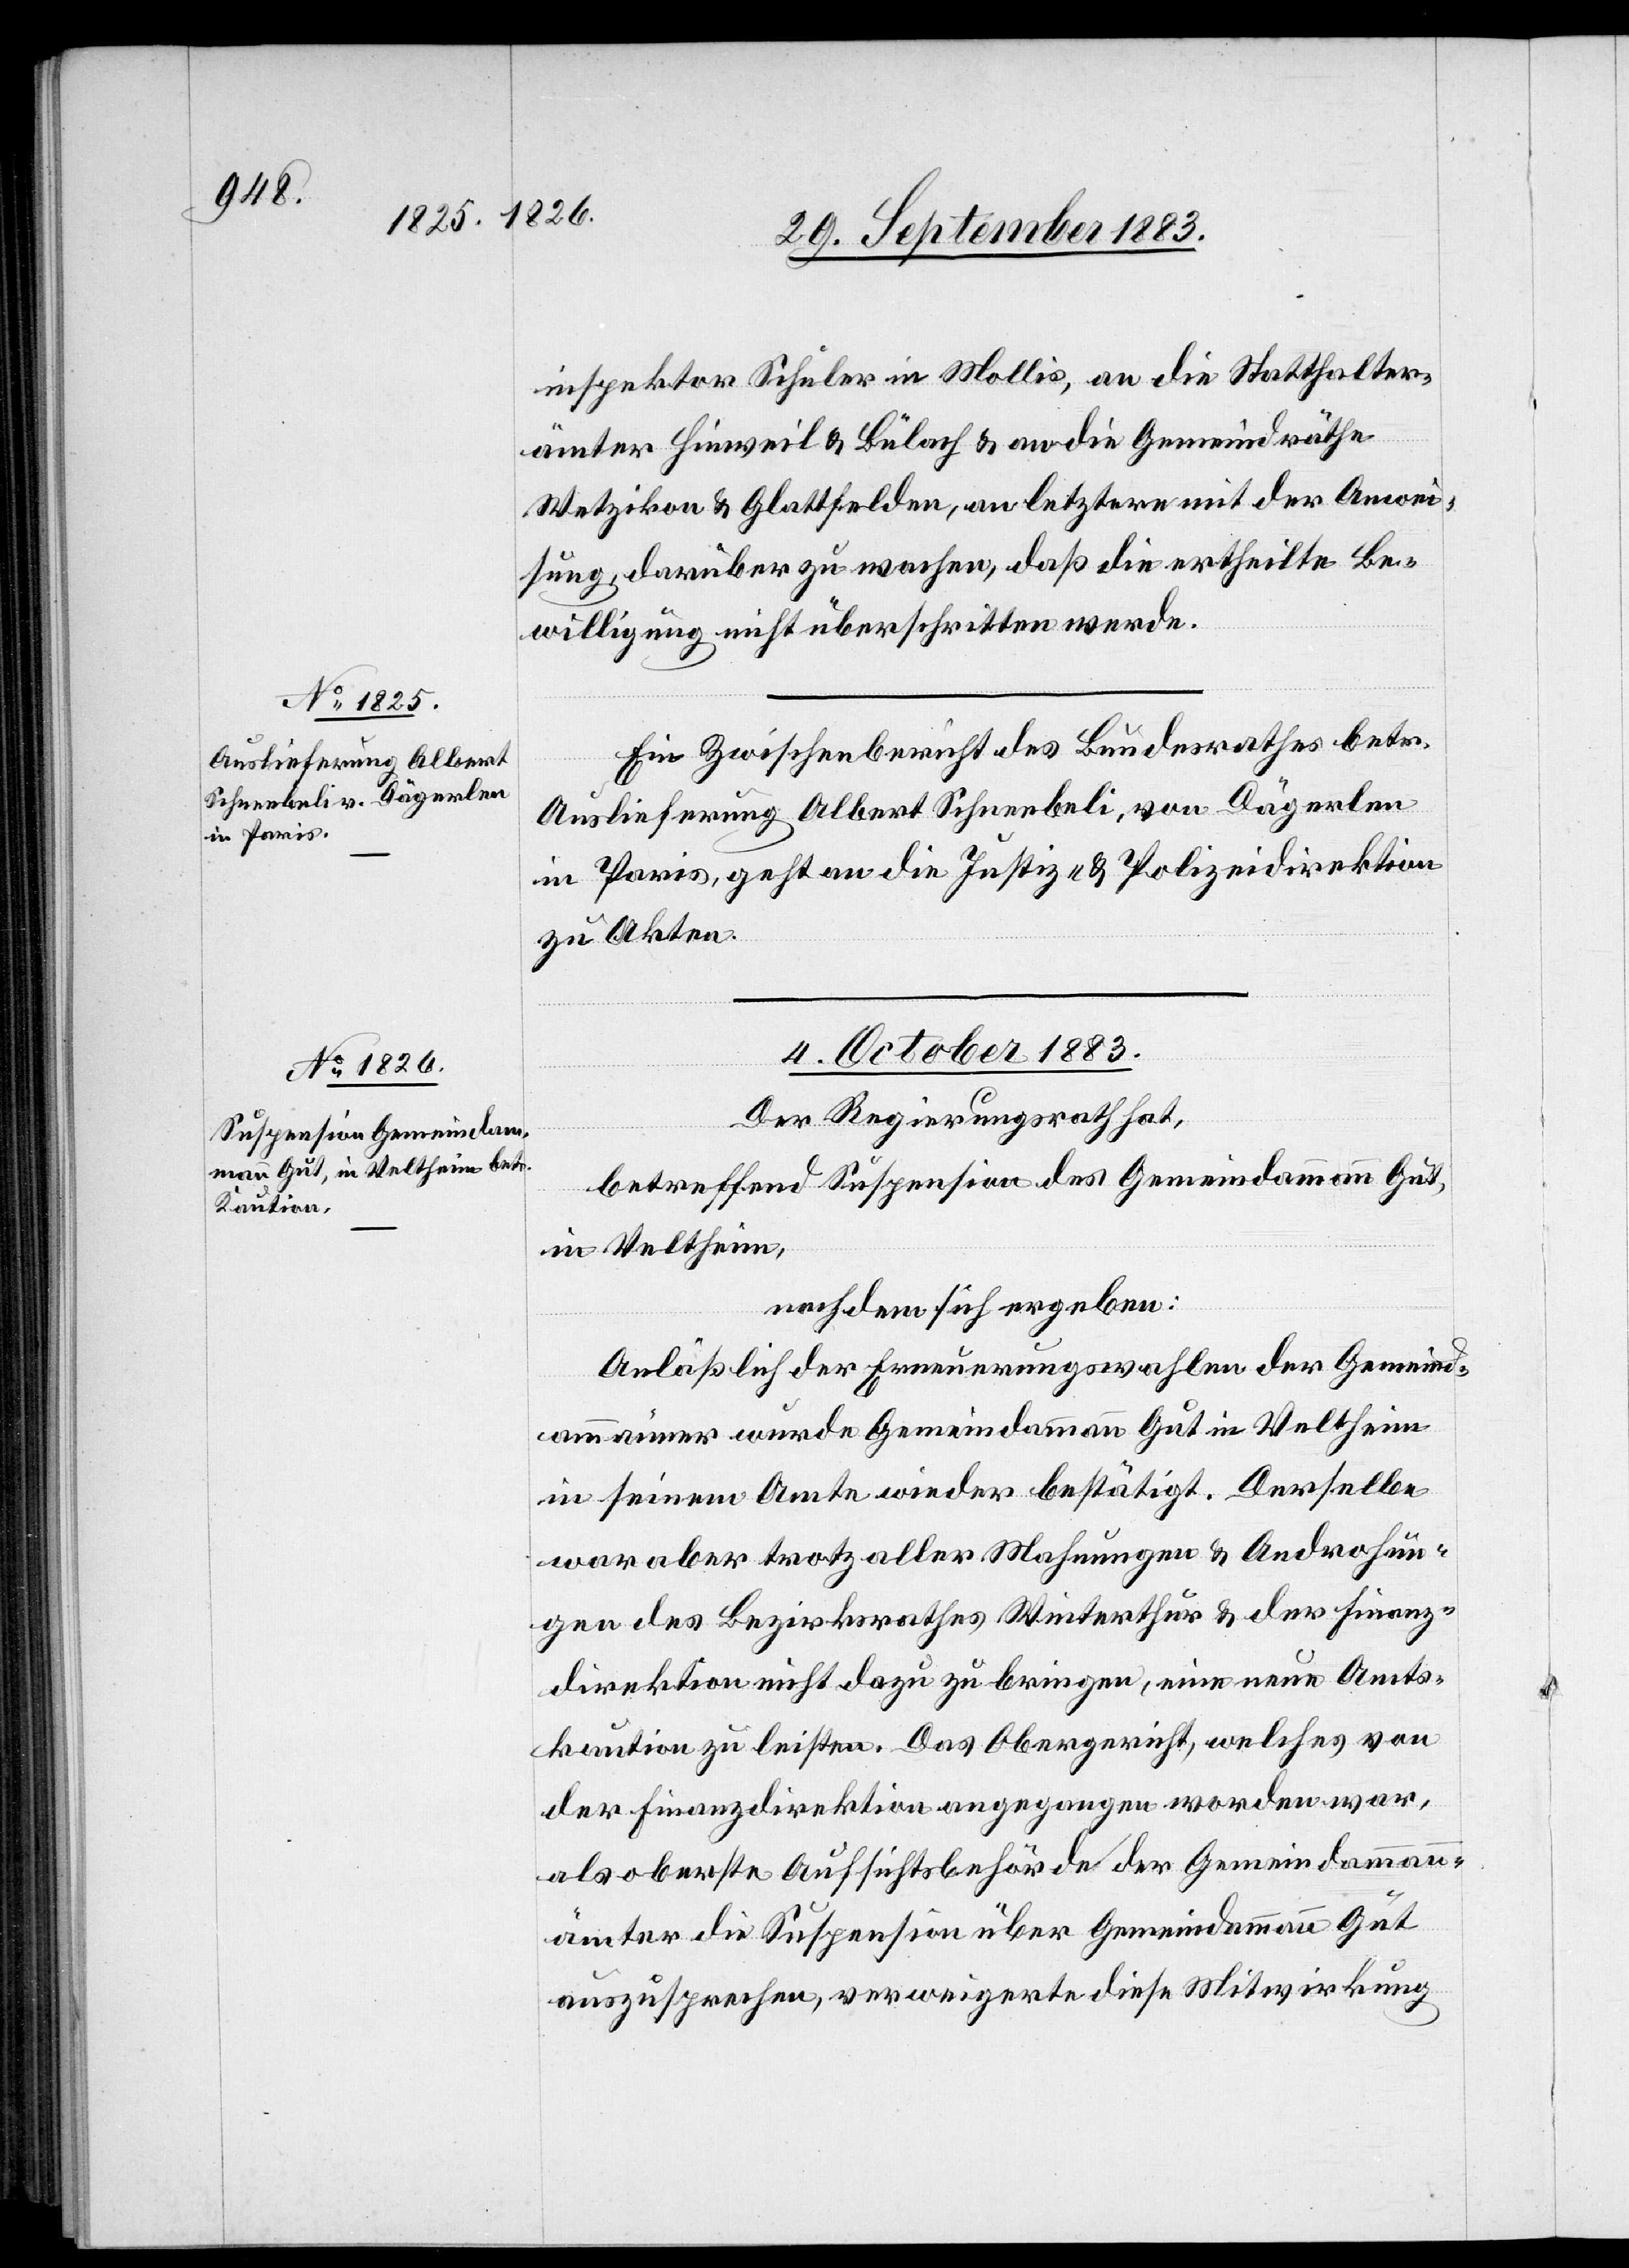
inspektor Schuler in Mollis, an die Statthalter¬
ämter Hinweil & Bülach & an die Gemeindräthe
Wetzikon & Glattfelden, an letztere mit der Anwei¬
sung, darüber zu wachen, daß die ertheilte Be¬
willigung nicht überschritten werde.
Ein Zwischenbericht des Bundesrathes betr.
Auslieferung Albert Schneebeli, von Dägerlen
in Paris, geht an die Justiz- & Polizeidirektion
zu Akten.
4. October 1883.
Der Regierungsrath hat,
betreffend Suspension des Gemeindammann Gut,
in Veltheim,
nachdem sich ergeben:
Anläßlich der Erneuerungswahlen der Gemeind¬
ammänner wurde Gemeindammann Gut in Veltheim
in seinem Amte wieder bestätigt. Derselbe
war aber trotz aller Mahnungen & Androhun¬
gen des Bezirksrathes Winterthur & der Finanz¬
direktion nicht dazu zu bringen, eine neue Amts¬
kaution zu leisten. Das Obergericht, welches von
der Finanzdirektion angegangen worden war,
als oberste Aufsichtsbehörde der Gemeindammann¬
ämter die Suspension über Gemeindammann Gut
auszusprechen, verweigerte diese Mitwirkung